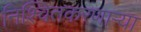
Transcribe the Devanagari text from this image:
निश्चितकरणाऱ्या